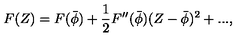
F ( Z ) = F ( \bar { \phi } ) + { \frac { 1 } { 2 } } F ^ { \prime \prime } ( \bar { \phi } ) ( Z - \bar { \phi } ) ^ { 2 } + . . . ,